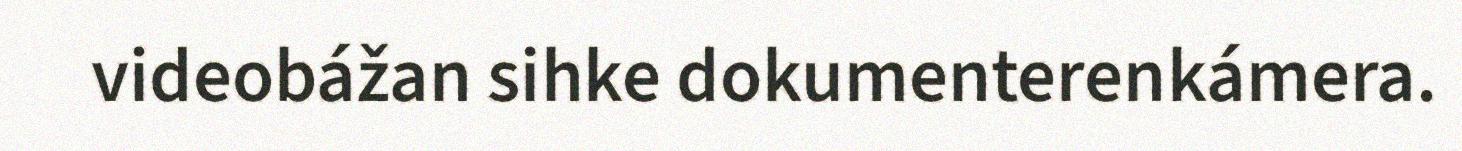
videobážan sihke dokumenterenkámera.